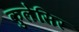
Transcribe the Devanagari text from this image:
कुलेसिर